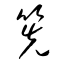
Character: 筅